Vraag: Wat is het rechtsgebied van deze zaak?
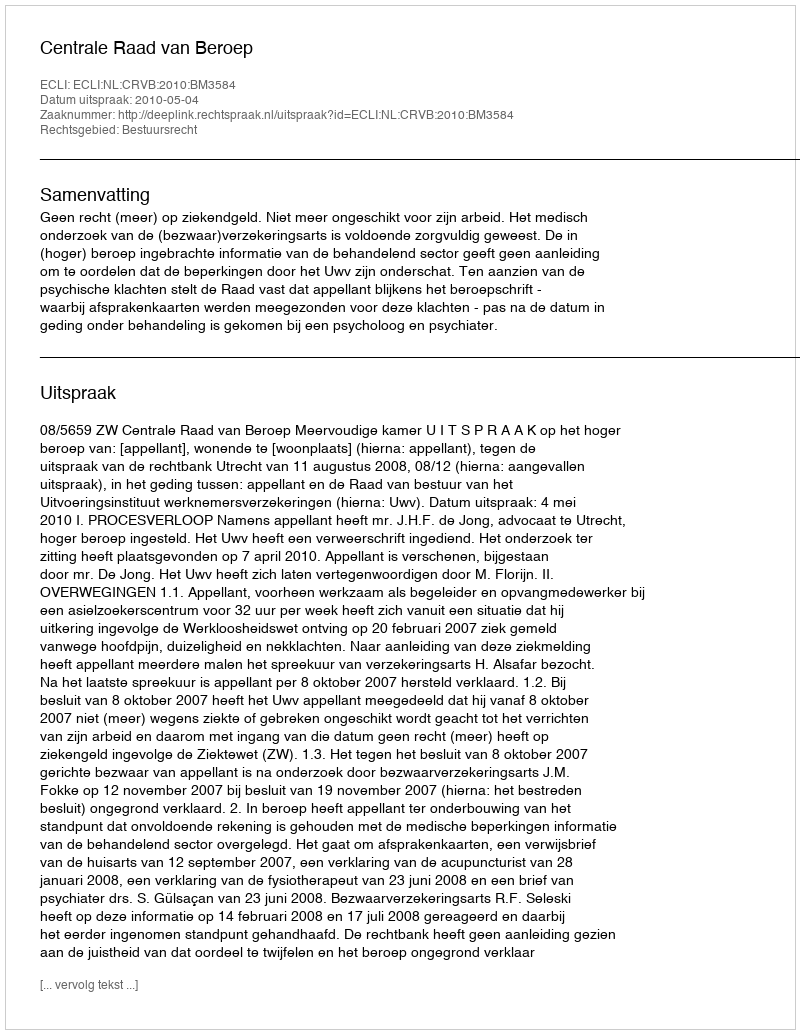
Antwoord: Bestuursrecht